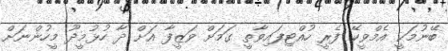
ބޭނުމަކީ އެމްވީކޭ ފެރީ ހުއްޓިފައިވާތީ ގަމަށް ވަޒީފާ އަށް ދާ ހުޅުމީދޫ މީހުންނަށް